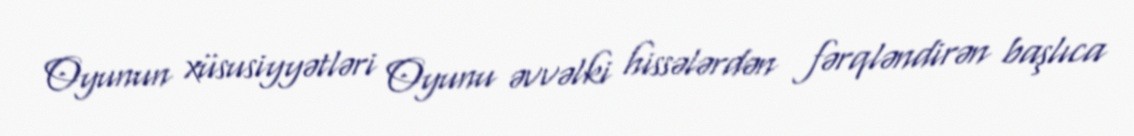
Oyunun xüsusiyyətləri Oyunu əvvəlki hissələrdən fərqləndirən başlıca